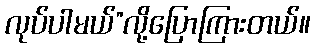
လုပ်ပါမယ်”လို့ပြောကြားတယ်။